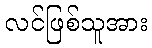
လင်ဖြစ်သူအား